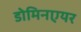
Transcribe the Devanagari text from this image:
डोमिनएयर